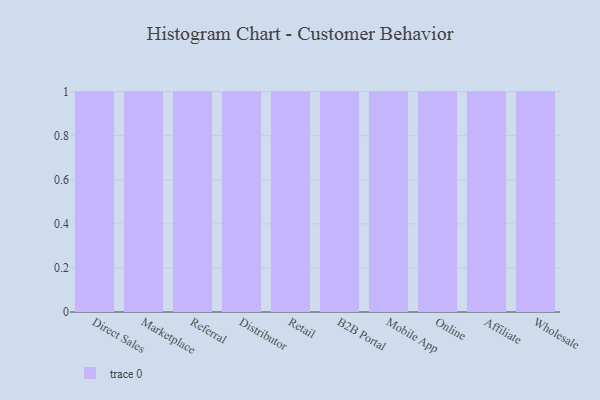
{"axis": {"x": "Channel", "y": "Website Visitors"}, "legend": [""], "data": [{"x": "Direct Sales", "y": 75, "type": ""}, {"x": "Marketplace", "y": 17, "type": ""}, {"x": "Referral", "y": 72, "type": ""}, {"x": "Distributor", "y": 1, "type": ""}, {"x": "Retail", "y": 99, "type": ""}, {"x": "B2B Portal", "y": 95, "type": ""}, {"x": "Mobile App", "y": 65, "type": ""}, {"x": "Online", "y": 21, "type": ""}, {"x": "Affiliate", "y": 56, "type": ""}, {"x": "Wholesale", "y": 68, "type": ""}]}